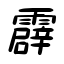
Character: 霹